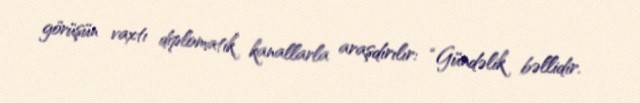
görüşün vaxtı diplomatik kanallarla araşdırılır: “Gündəlik bəllidir.